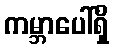
ကမ္ဘာပေါ်ရှိ